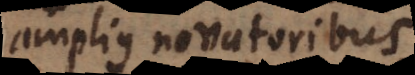
amplius novatoribus